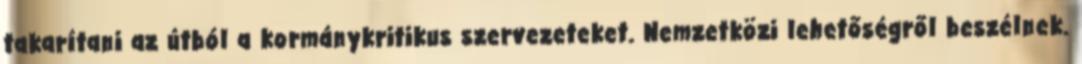
takarítani az útból a kormánykritikus szervezeteket. Nemzetközi lehetőségről beszélnek.